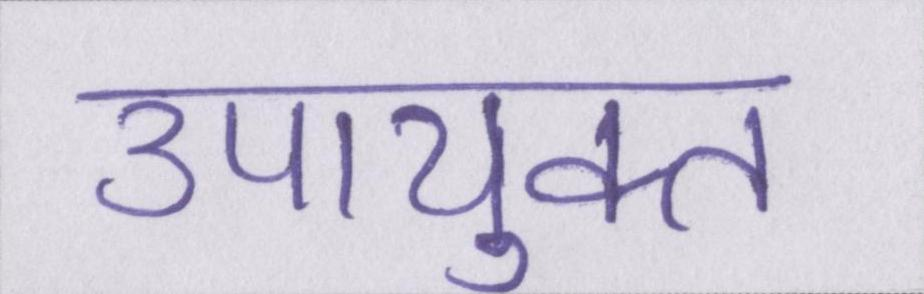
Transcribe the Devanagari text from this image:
उपायुक्त